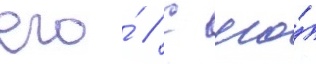
его́ // С его́